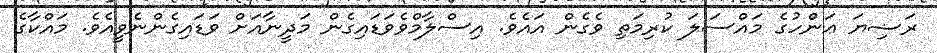
ރަޟިޔަ ޢަންހުގެ މައްސަލަ ކުރިމަތި ވެގެން އައެވެ. އިސްލާމްވެވަޑައިގެން މަދީނާއަށް ވަޑައިގެންނެވީއެވެ. މައްކާގެ